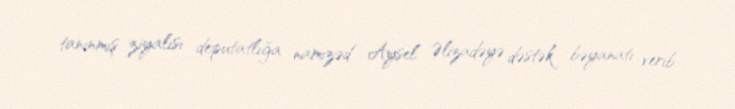
tanınmış ziyalısı deputatlığa namizəd Aysel Əlizadəyə dəstək bəyanatı verib.